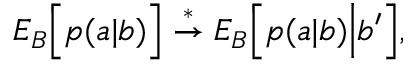
\begin{array} { r } { { E } _ { B } \Big [ p ( a | b ) \Big ] \stackrel { * } { \rightarrow } { E } _ { B } \Big [ p ( a | b ) \Big | b ^ { \prime } \Big ] , } \end{array}